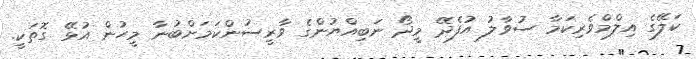
ކަލޭގެ އިލްމްވެރިކަމާ ސުވާލު އުފެދޭ މީދޯ ނަބިއްޔުންގެ ވާރީސުންކަމަށްބުނާ މީހުން އުޅޭ ގޮތަކީ.